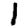
Digit: 1